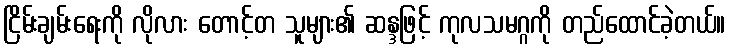
ငြိမ်းချမ်းရေးကို လိုလား တောင့်တ သူများ၏ ဆန္ဒဖြင့် ကုလသမဂ္ဂကို တည်ထောင်ခဲ့တယ်။